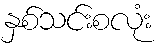
နှစ်သင်းစလုံး